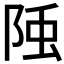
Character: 𨹤